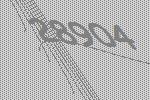
28904